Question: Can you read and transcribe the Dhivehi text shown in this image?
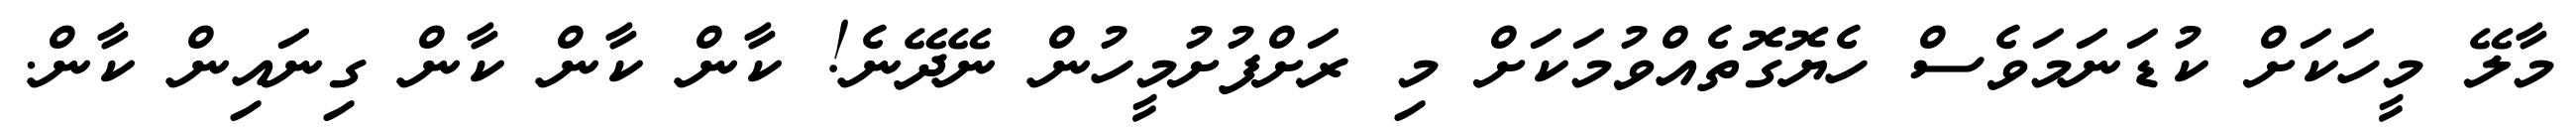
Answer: މާލޭ މީހަކަށް ކުޑަނަމަވެސް ހެޔޮގޮތެއްވުމަކަށް މި ރަށްފުށުމީހުން ނޭދޭނެ! ކާން ކާން ކާން ގިނައިން ކާން.